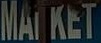
MARKET